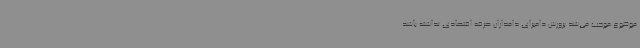
موضوع موجب می‌شد پرورش دامبرای دامداران صرفه‌ اقتصادی نداشته باشد.